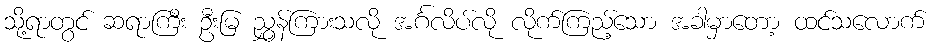
သို့ရာတွင် ဆရာကြီး ဦးမြ ညွှန်ကြားသလို အင်္ဂလိပ်လို လိုက်ကြည့်သော အခါမှာတော့ ထင်သလောက်